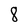
Character: 8